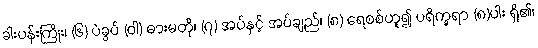
ခါးပန်းကြိုး၊ (၆) ပဲခွပ် (ဝါ) ဓားမတို၊ (၇) အပ်နှင့် အပ်ချည်၊ (၈) ရေစစ်ဟူ၍ ပရိက္ခရာ (၈)ပါး ရှိ၏၊